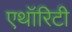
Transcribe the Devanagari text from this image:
एथॉरिटी